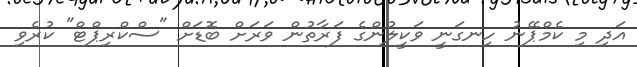
އަދި މި ކެމްޕޭނު ހިނގަނީ ވަކީލުންގެ ފަރާތުން ވަރަށް ބޮޑަށް "ސްކްރިޕްޓް" ކުރެވި